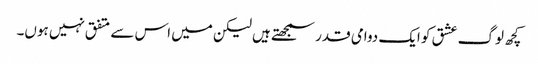
کچھ لوگ عشق کو ایک دوامی قدر سمجھتے ہیں لیکن میں اس سے متفق نہیں ہوں۔